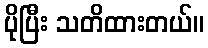
ပိုပြီး သတိထားတယ်။